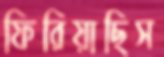
ফিরিয়াছিস